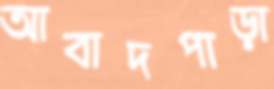
আবাদপাড়া